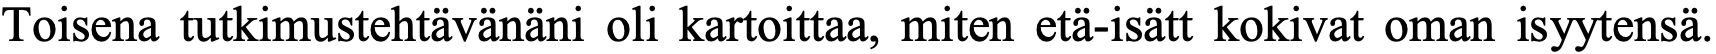
Toisena tutkimustehtävänäni oli kartoittaa, miten etä-isätt kokivat oman isyytensä.